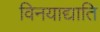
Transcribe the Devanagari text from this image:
विनयाद्याति